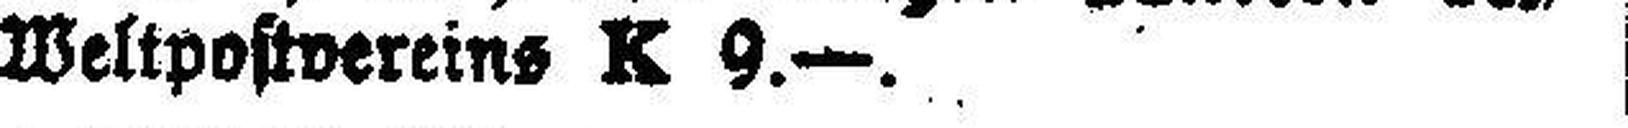
Weltpostvereins K 9.—.